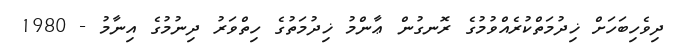
ދިވެހިބަހަށް ޚިދުމަތްކުރެއްވުމުގެ ރޮނގުން ޢާންމު ޚިދުމަތުގެ ހިތްވަރު ދިނުމުގެ އިނާމު - 1980